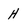
Character: H